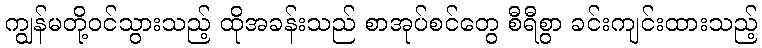
ကျွန်မတို့ဝင်သွားသည့် ထိုအခန်းသည် စာအုပ်စင်တွေ စီရီစွာ ခင်းကျင်းထားသည့်